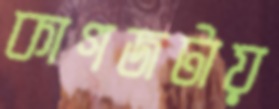
কাগজটায়